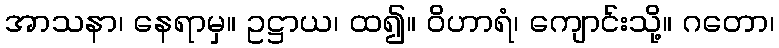
အာသနာ၊ နေရာမှ။ ဥဋ္ဌာယ၊ ထ၍။ ဝိဟာရံ၊ ကျောင်းသို့။ ဂတော၊